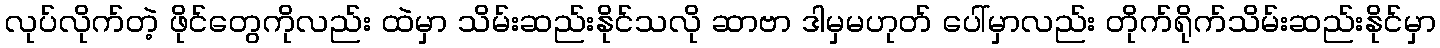
လုပ်လိုက်တဲ့ ဖိုင်တွေကိုလည်း ထဲမှာ သိမ်းဆည်းနိုင်သလို ဆာဗာ ဒါမှမဟုတ် ပေါ်မှာလည်း တိုက်ရိုက်သိမ်းဆည်းနိုင်မှာ